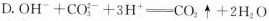
D.$$OH^{-}+CO_{3}^{2-}+3H^{+}=CO_{2}\uparrow +2H_{2}O$$